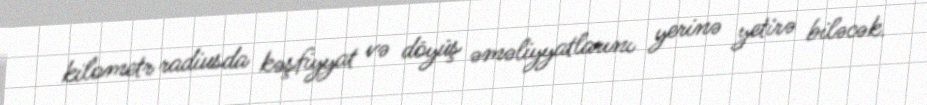
kilometr radiusda kəşfiyyat və döyüş əməliyyatlarını yerinə yetirə biləcək.